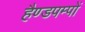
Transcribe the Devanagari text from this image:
हैण्डपम्पों